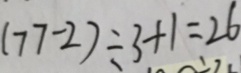
( 7 7 - 2 ) \div 3 + 1 = 2 6